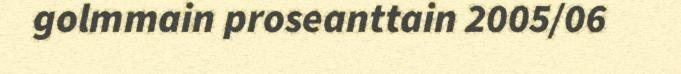
golmmain proseanttain 2005/06